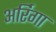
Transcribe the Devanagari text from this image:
अर्रिगा